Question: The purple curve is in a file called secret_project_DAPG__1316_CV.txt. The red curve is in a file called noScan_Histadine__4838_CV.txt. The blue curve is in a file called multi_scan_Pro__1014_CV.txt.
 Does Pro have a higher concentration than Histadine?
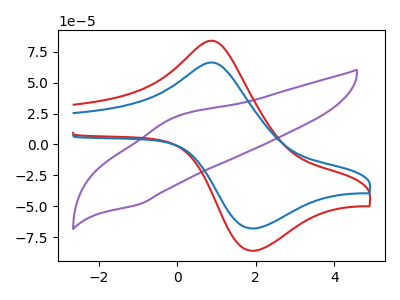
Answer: <think>The purple curve "DAPG" has an anodic peak at (-0.05V, 22.15uA) and a cathodic peak at (-1.00V, -48.60uA). The red curve "Histadine" has an anodic peak at (0.95V, 83.55uA) and a cathodic peak at (1.90V, -86.10uA). The blue curve "Pro" has an anodic peak at (0.95V, 66.00uA) and a cathodic peak at (1.90V, -68.05uA).
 All the peaks in "Pro" have a peak in "Histadine" at the same potential. Every peak in "Pro" is lower than every peak in "Histadine".</think>
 <answer>"Pro" has less signal than "Histadine" and so likely has a lower concentration.</answer>
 <eval>less_concentration</eval>